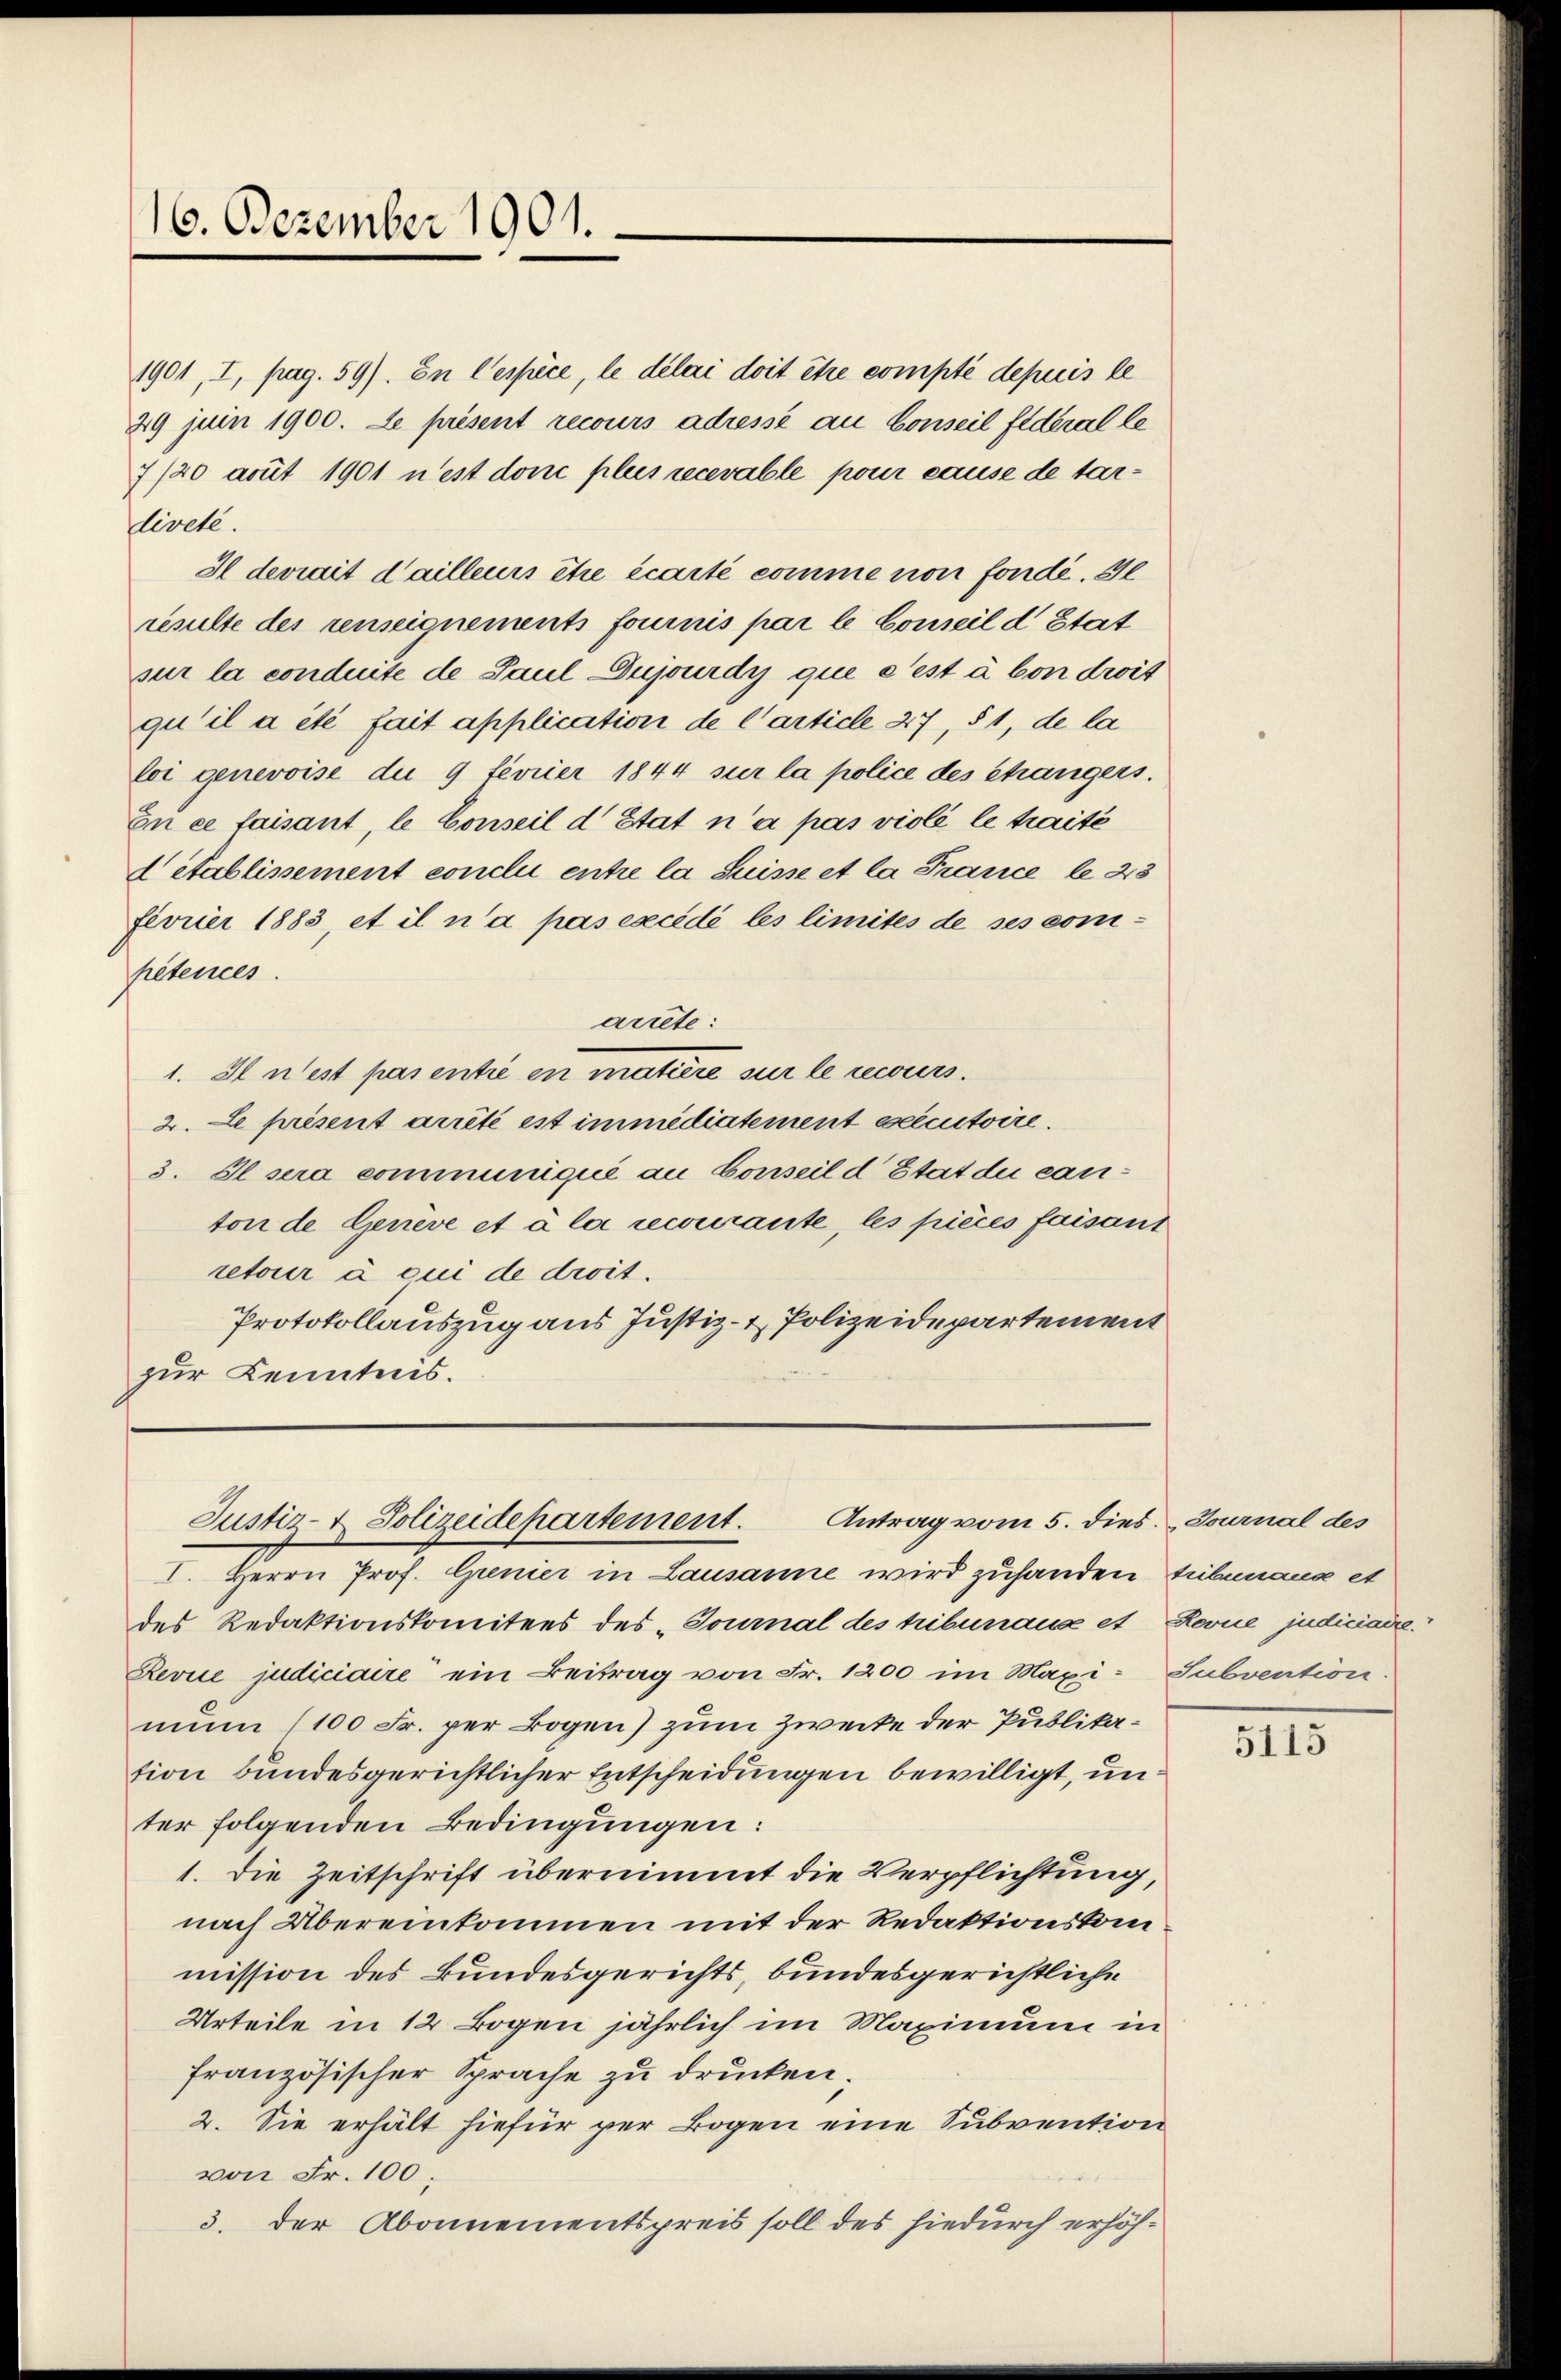
16. Dezember 1901.

Antrag vom 5. dies Journal des
Justiz- & Polizeidepartement.

1901, I, pag. 59). En l’espèce, le délai doit être compté depuis le
29 juin 1900. Le présent recours adressé au Conseil fédéral le
7/20 acuit 1901 n’est don pleis recevable pour cause de tarlivete.
Il devrait d’ailleurs être écarté comme non fondé. 30
resulte des renseignements fournis par le Conseil d Stat
sur la conduite de Paul Dujourdy que c’est à von droit
qu’il a été fait application de Carticle 47, § 1, de la
loi genevoise du 9 tevrier 1844 sur la police des changers.
En ce faisant, le Conseil d’Etat n’a pas violé le traité
 Stablissement conclu entre la Suisse et la France le 23
fevrier 1883 et il n’a pas excédé les limités de ses compétences.
artete:
1. Il n’est pas entie en matiere sur le recours.
2. Le présent arrêté est immédiatement esecutoire.
3. Il sera communiqué an Conseil d Etat du canton de Genève et à la recourante, les pièces faisant
retour à coni de droit.
Protokollauszug aus Justiz- & Polizeidepartement
zur Kenntnis.

I. Herrn Prof. Grenier in Lausanne wird zuhanden Tribunaux et
des Redaktionskomitees des „Tournal des hibunaus et Kerne judiciaire.
Revue judiciaire ein Beitrag von Fr. 1200 im Maxi- Subvention
mun (100 Fr. per Bogen) zum Zwecke der Publikation bundesgerichtlicher Entscheidungen bewilligt, unter folgenden Bedingungen:
1. Die Zeitschrift übernimmt die Verpflichtung,
nach Übereinkommen mit der Redaktionskommission des Bundesgerichts, bundesgerichtliche
Urteile in 12 Bogen jährlich im Maximum in
französischer Sprache zu drucken;
2. Sie erhält hiefür per Bogen eine Subvention
von Fr. 100.
3. der Abonnementspreis soll des hiedurch erhöh¬

5115